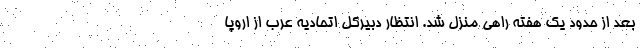
بعد از حدود یک هفته راهی منزل شد. انتظار دبیرکل اتحادیه عرب از اروپا